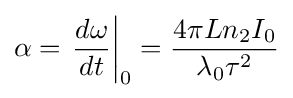
\alpha =\left.{\frac {d\omega }{dt}}\right|_{0}={\frac {4\pi Ln_{2}I_{0}}{\lambda _{0}\tau ^{2}}}